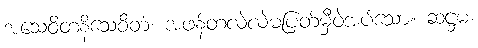
အသေဝိတနိသေဝိတံ၊ အဖန်တလဲလဲမပြတ်မှီဝဲအပ်သော။ ဆဋ္ဌမံ၊